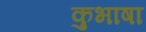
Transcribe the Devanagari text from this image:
कुभाषा